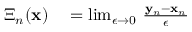
\begin{array} { r l } { \boldsymbol { \Xi } _ { n } ( { \bf x } ) } & { { } = \operatorname* { l i m } _ { \epsilon \to 0 } \, \frac { { \bf y } _ { n } - { \bf x } _ { n } } { \epsilon } } \end{array}